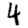
Digit: 4